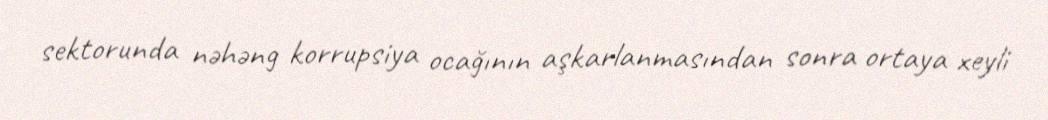
sektorunda nəhəng korrupsiya ocağının aşkarlanmasından sonra ortaya xeyli